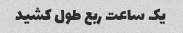
یک ساعت ربع طول کشید